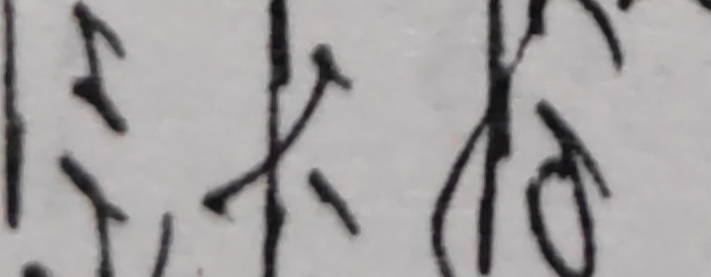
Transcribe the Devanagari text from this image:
कि यो